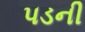
પડની